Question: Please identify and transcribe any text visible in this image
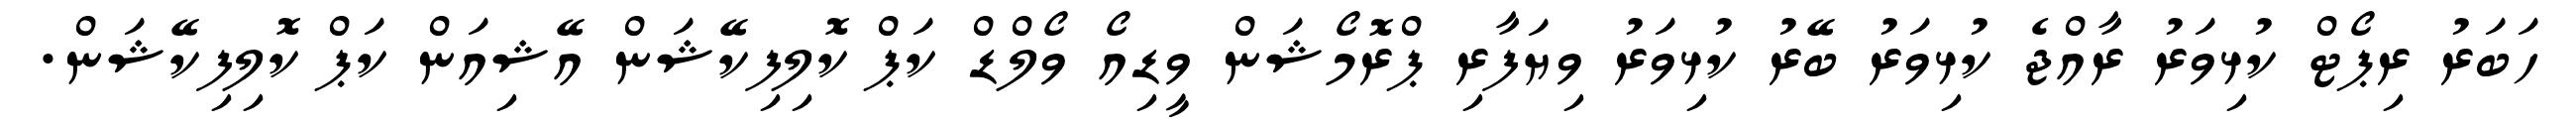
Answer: ހަބަރު ރިޕޯޓް ކުޅިވަރު ރާއްޖެ ކުޅިވަރު ބޭރު ކުޅިވަރު ވިޔަފާރި ޕްރޮމޯޝަން ވީޑިއޯ ވޯލްޑް ކަޕް ކޮލިފިކޭޝަން އޭޝިއަން ކަޕް ކޮލިފިކޭޝަން.